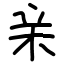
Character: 亲